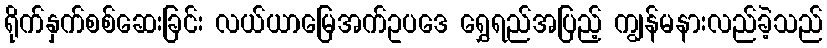
ရိုက်နှက်စစ်ဆေးခြင်း လယ်ယာမြေအက်ဥပဒေ ရွှေရည်အပြည့် ကျွန်မနားလည်ခဲ့သည်